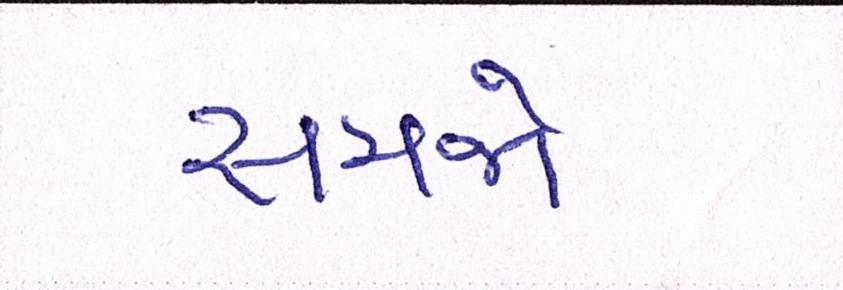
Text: સમજો